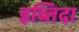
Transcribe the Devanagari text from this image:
इब्तिदा